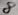
Text: 8